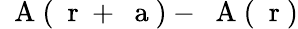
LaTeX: \mathrm{~\mathbf~A~}(\mathrm{~\mathbf~r~}+{\mathrm{~\mathbf~a~}})-\mathrm{~\mathbf~A~}(\mathrm{~\mathbf~r~})